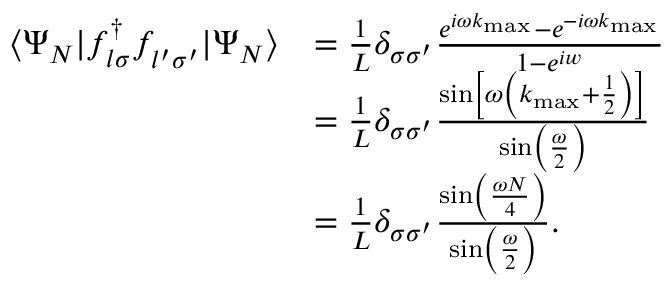
\begin{array} { r l } { \langle \Psi _ { N } | f _ { l \sigma } ^ { \dagger } f _ { l ^ { \prime } \sigma ^ { \prime } } ^ { \phantom { \dagger } } | \Psi _ { N } \rangle } & { = \frac { 1 } { L } \delta _ { \sigma \sigma ^ { \prime } } \frac { e ^ { i \omega k _ { \mathrm { m a x } } } - e ^ { - i \omega k _ { \mathrm { m a x } } } } { 1 - e ^ { i w } } } \\ & { = \frac { 1 } { L } \delta _ { \sigma \sigma ^ { \prime } } \frac { \sin \left[ \omega \left( k _ { \mathrm { m a x } } + \frac { 1 } { 2 } \right) \right] } { \sin \left( \frac { \omega } { 2 } \right) } } \\ & { = \frac { 1 } { L } \delta _ { \sigma \sigma ^ { \prime } } \frac { \sin \left( \frac { \omega N } { 4 } \right) } { \sin \left( \frac { \omega } { 2 } \right) } . } \end{array}